Leaving Certificate Examination (including Day School Certificate (Higher) General paper), 1933
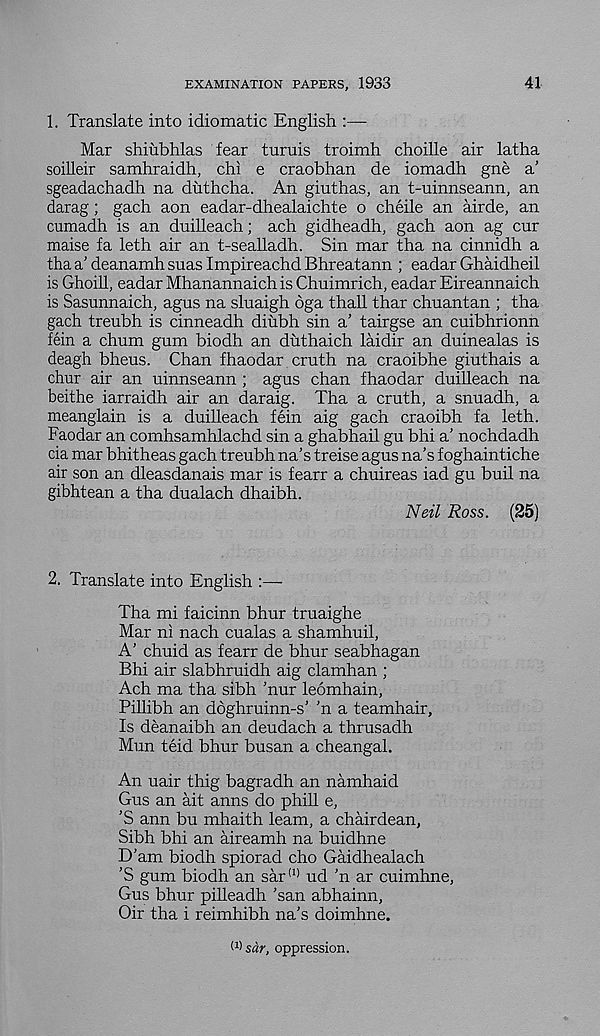
EXAMINATION PAPERS, 1933
41
1. Translate into idiomatic English :—
Mar shiubhlas fear turuis troimh choille air latha
soilleir samhraidh, chi e craobhan de iomadh gne a’
sgeadachadh na duthcha. An giuthas, an t-uinnseann, an
darag; gach aon eadar-dhealaichte o cheile an airde, an
cumadh is an duilleach; ach gidheadh, gach aon ag cur
maise fa leth air an t-sealladh. Sin mar tha na cinnidh a
tha a' deanamh suas Impireachd Bhreatann ; eadar Ghaidheil
is Ghoill, eadar Mhanannaich is Chuimrich, eadar Eireannaich
is Sasunnaich, agus na sluaigh oga thall thar chuantan ; tha
gach treubh is cinneadh diubh sin a’ tairgse an cuibhrionn
fein a chum gum biodh an duthaich laidir an duinealas is
deagh bheus. Chan fhaodar cruth na craoibhe giuthais a
chur air an uinnseann ; agus chan fhaodar duilleach na
beithe iarraidh air an daraig. Tha a cruth, a snuadh, a
meanglain is a duilleach fein aig gach craoibh fa leth.
Faodar an comhsamhlachd sin a ghabhail gu bhi a’ nochdadh
cia mar bhitheas gach treubh na’s treise agus na’s f oghaintiche
air son an dleasdanais mar is fearr a chuireas iad gu buil na
gibhtean a tha dualach dhaibh.
Neil Ross. (25)
2. Translate into English :—
Tha mi faicinn bhur truaighe
Mar ni nach cualas a shamhuil,
A’ chuid as fearr de bhur seabhagan
Bhi air slabhruidh aig clamhan ;
Ach ma tha sibh ’nur leomhain,
Pillibh an dbghruinn-s’ 'n a teamhair.
Is deanaibh an deudach a thrusadh
Mun teid bhur busan a cheangal.
An uair thig bagradh an namhaid
Gus an ait anns do phill e,
’S ann bu mhaith learn, a chairdean,
Sibh bhi an aireamh na buidhne
D'am biodh spiorad cho Gaidhealach
’S gum biodh an sar (1) ud ’n ar cuimhne,
Gus bhur piheadh ’san abhainn,
Oir tha i reimhibh na’s doimhne.
W sdr, oppression.